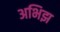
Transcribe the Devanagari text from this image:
अभिझ